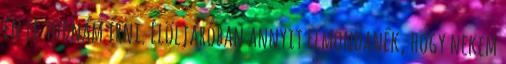
én le tudnám írni. Elöljáróban annyit elmondanék, hogy nekem